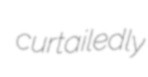
curtailedly